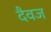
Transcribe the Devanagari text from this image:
दैवज